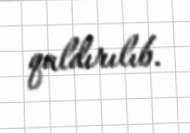
qaldırılıb.